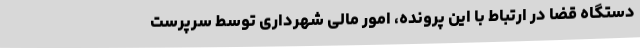
دستگاه قضا در ارتباط با این پرونده، امور مالی شهرداری توسط سرپرست